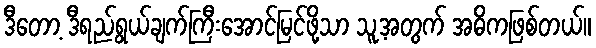
ဒီတော့ ဒီရည်ရွယ်ချက်ကြီးအောင်မြင်ဖို့သာ သူ့အတွက် အဓိကဖြစ်တယ်။